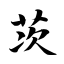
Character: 茨